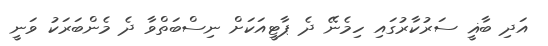
އަދި ބާޣީ ސަރުކާރުގައި ހިމެނޭ ދެ ޕާޓީއަކަށް ނިސްބަތްވާ ދެ މެންބަރަކު ވަނީ